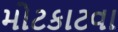
મોટકાટવા